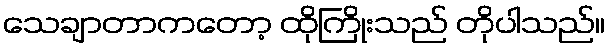
သေချာတာကတော့ ထိုကြိုးသည် တိုပါသည်။